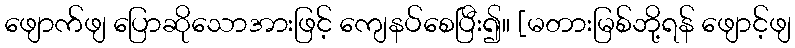
ဖျောက်ဖျ ပြောဆိုသောအားဖြင့် ကျေနပ်စေပြီး၍။ [မတားမြစ်ဘို့ရန် ဖျောင့်ဖျ